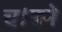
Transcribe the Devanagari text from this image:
च।वने